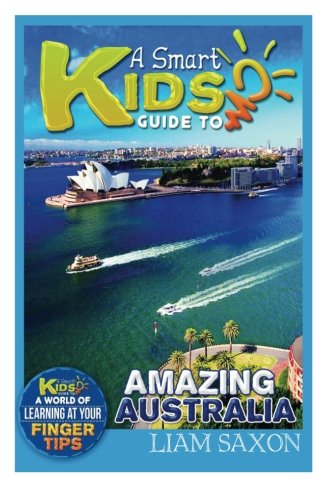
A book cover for A Smart Kids Guide To AMAZING AUSTRALIA: A World Of Learning At Your Fingertips (Volume 1); Liam Saxon; Children's Books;